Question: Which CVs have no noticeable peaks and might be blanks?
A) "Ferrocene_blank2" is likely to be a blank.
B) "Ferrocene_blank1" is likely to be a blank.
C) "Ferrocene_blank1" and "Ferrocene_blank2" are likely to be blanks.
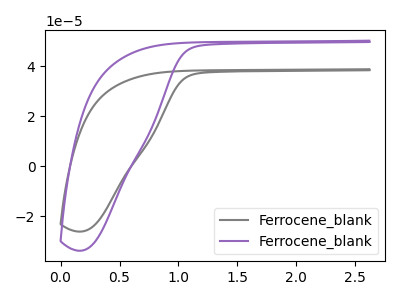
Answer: <think>The gray curve "Ferrocene_blank1" has no peaks. The purple curve "Ferrocene_blank2" has no peaks.</think>
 <answer>C) "Ferrocene_blank1" and "Ferrocene_blank2" are likely to be blanks.</answer>
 <eval>C</eval>